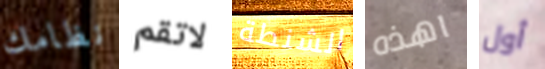
نظامك لاتقم الشنطة اهذه أول